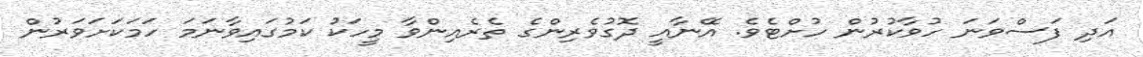
އަދި ފަސްވަނަ ހުވާކުރުން ހުށްޓެވެ. އޭނާއީ ދޮގުވެރިންގެ ތެރެއިންވާ މީހަކު ކަމުގައިވާނަމަ ހަމަކަށަވަރުން